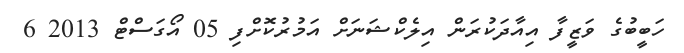
ހަބީބުގެ ވަޒީފާ އިއާދަކުރަން އިލެކްޝަނަށް އަމުރުކޮށްފި 05 އޯގަސްޓް 2013 6